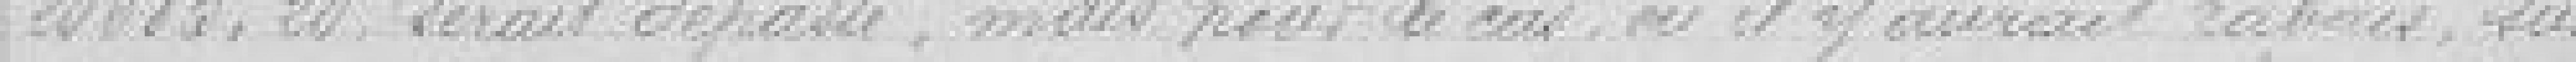
20685.20, serait dépassé, mais pour le cas, où il y aurait rabais, sur